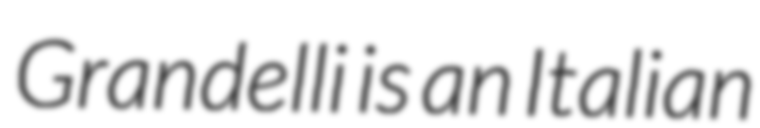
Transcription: Grandelli is an Italian